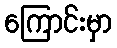
ကြောင်းမှာ